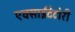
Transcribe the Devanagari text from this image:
एक्साईटेटोरी